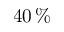
4 0 \, \%